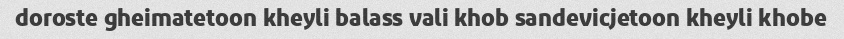
doroste gheimatetoon kheyli balass vali khob sandevicjetoon kheyli khobe